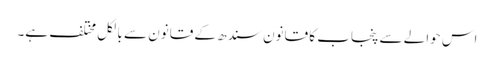
اس حوالے سے پنجاب کا قانون سندھ کے قانون سے بالکل مختلف ہے۔